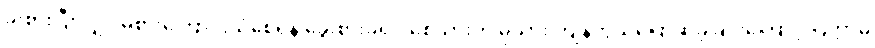
ခိုးစားပြီးလျှင် မစားကြောင်းယုံစေရန် ခွေးစားခံရပါစေသားဟု မုသား ကျိန်တွယ်ပြောဆိုခဲ့ခြင်းကြောင့် ပြိတ္တာမ